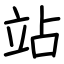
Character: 站